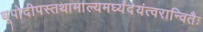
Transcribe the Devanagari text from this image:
धूपोदीपस्तथामाल्यमर्घ्यंदेयंत्वरान्वितैः